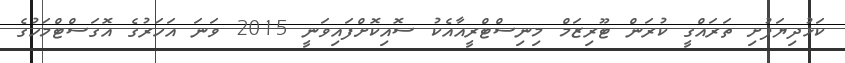
ކަޅުދިޔަފުށި ތަރައްގީ ކުރަން ޓޫރިޒަމް މިނިސްޓްރީއާއެކު ސޮއިކޮށްފައިވަނީ 2015 ވަނަ އަހަރުގެ އޮގަސްޓްމަހުގެ